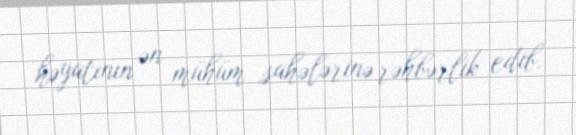
həyatının ən mühüm sahələrinə rəhbərlik edib.